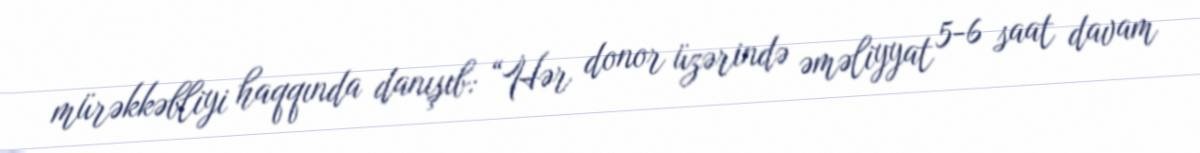
mürəkkəbliyi haqqında danışıb: “Hər donor üzərində əməliyyat 5-6 saat davam